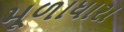
મૂળાધારા